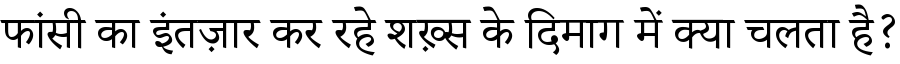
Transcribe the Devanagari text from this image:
फांसी का इंतज़ार कर रहे शख़्स के दिमाग में क्या चलता है?